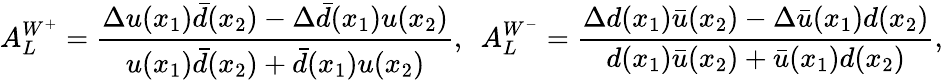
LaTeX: A_{L}^{W^{+}}=\frac{\Delta u(x_{1})\bar{d}(x_{2})-\Delta\bar{d}(x_{1})u(x_{2})}{u(x_{1})\bar{d}(x_{2})+\bar{d}(x_{1})u(x_{2})},~~A_{L}^{W^{-}}=\frac{\Delta d(x_{1})\bar{u}(x_{2})-\Delta\bar{u}(x_{1})d(x_{2})}{d(x_{1})\bar{u}(x_{2})+\bar{u}(x_{1})d(x_{2})},